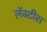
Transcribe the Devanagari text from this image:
लॅक्‍टीस